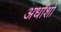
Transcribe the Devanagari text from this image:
अर्धांशों